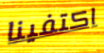
اكتفينا